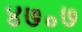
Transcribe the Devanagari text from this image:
४७॰७